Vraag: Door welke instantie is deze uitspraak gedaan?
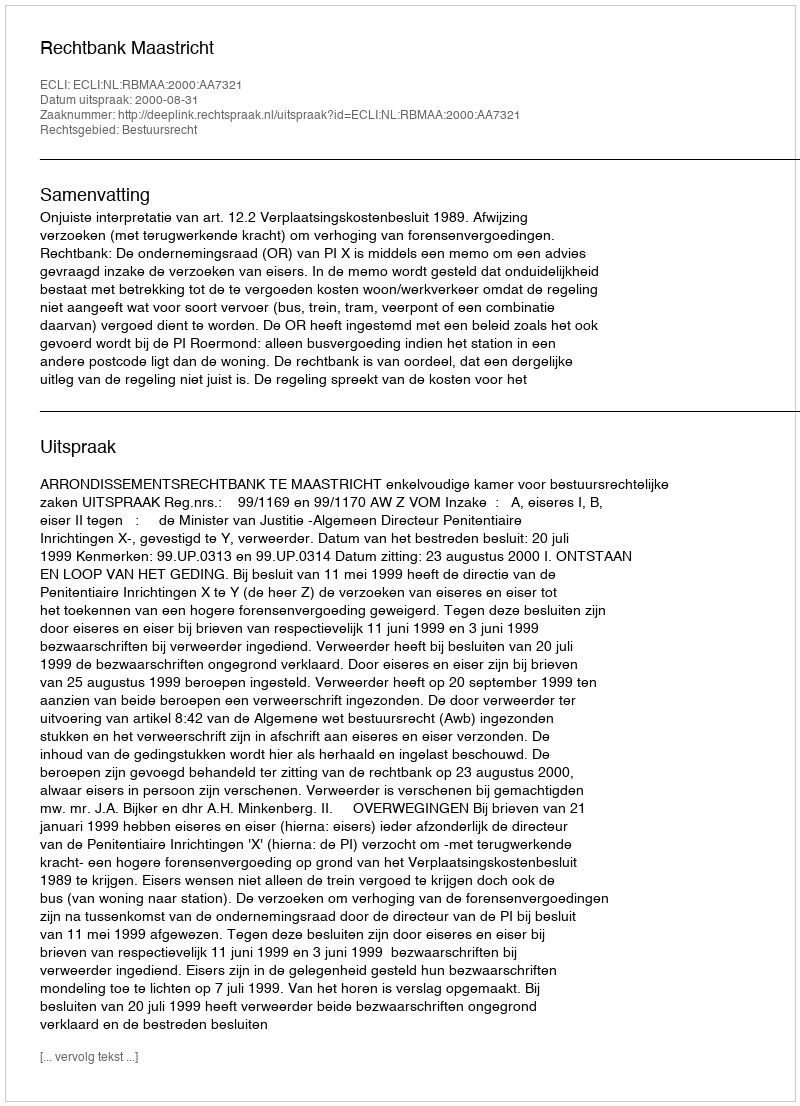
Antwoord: Rechtbank Maastricht